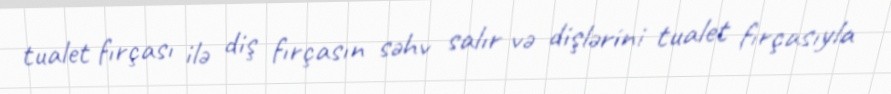
tualet fırçası ilə diş fırçasın səhv salır və dişlərini tualet fırçasıyla